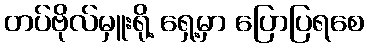
တပ်ဗိုလ်မှူးရို့ ရှေ့မှာ ပြောပြရစေ